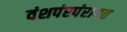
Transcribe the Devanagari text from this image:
वंशपंरपंरागत